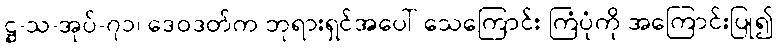
ဋ္ဌ-သ-အုပ်-၇၁၊ ဒေဝဒတ်က ဘုရားရှင်အပေါ် သေကြောင်း ကြံပုံကို အကြောင်းပြု၍